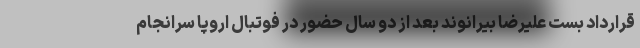
قرارداد بست علیرضا بیرانوند بعد از دو سال حضور در فوتبال اروپا سرانجام